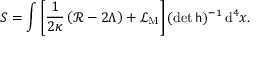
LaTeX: S = \int \left[ { \frac { 1 } { 2 \kappa } } \left( { \mathcal { R } } - 2 \Lambda \right) + { \mathcal { L } } _ { \mathrm { M } } \right] ( \operatorname* { d e t } { \mathsf { h } } ) ^ { - 1 } \, \mathrm { d } ^ { 4 } x .